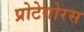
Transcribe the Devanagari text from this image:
प्रोटेगोरस